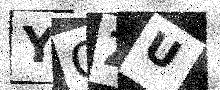
Text: YOZU